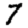
Digit: 7